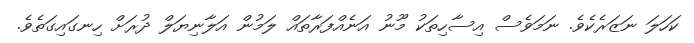
ކަހަލަ ނަޒަރެކެވެ. ނަމަވެސް އިސާހިތަކު މޫނު އަނެއްފަރާތައް ލަމުން އަލާނިޔަލް ދުރަށް ހިނގައިގަތެވެ.